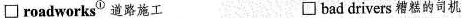
\Box roadworks^{①} 道路施工 \Box bad drivers 糟糕的司机